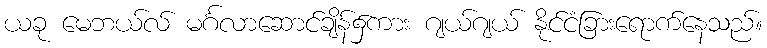
ယခု မေဘယ်လ် မင်္ဂလာဆောင်ချိန်၌ကား ဂျယ်ဂျယ် နိုင်ငံခြားရောက်နေသည်။